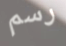
رسم